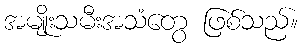
အမျိုးသမီးအသံတွေ ဖြစ်သည်။